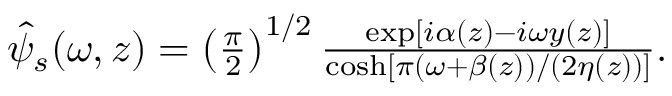
\begin{array} { r } { \hat { \psi } _ { s } ( \omega , z ) = \left( \frac { \pi } { 2 } \right) ^ { 1 / 2 } \frac { \exp [ i \alpha ( z ) - i \omega y ( z ) ] } { \cosh \left[ \pi \left( \omega + \beta ( z ) \right) / \left( 2 \eta ( z ) \right) \right] } . } \end{array}